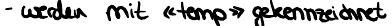
- werden mit <<temp>> gekennzeichnet